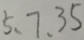
5 、 7 、 3 5